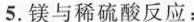
5.镁与稀硫酸反应：